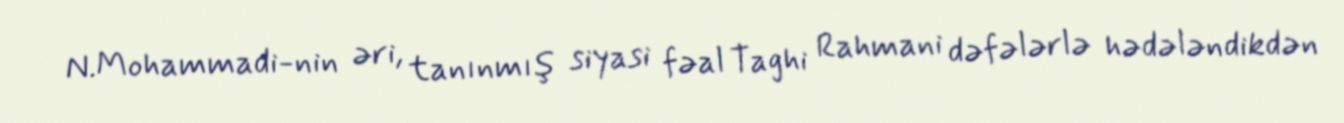
N.Mohammadi-nin əri, tanınmış siyasi fəal Taghi Rahmani dəfələrlə hədələndikdən